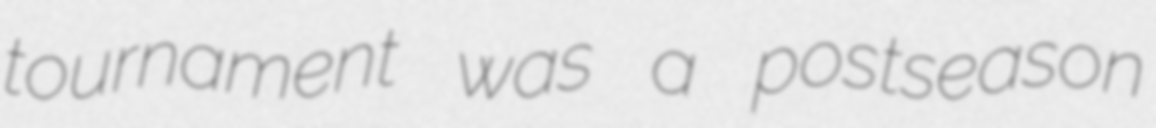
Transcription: tournament was a postseason